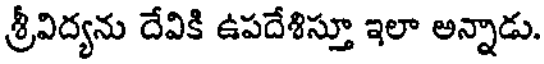
శ్రీవిద్యను దేవికి ఉపదేశిస్తూ ఇలా అన్నాడు.